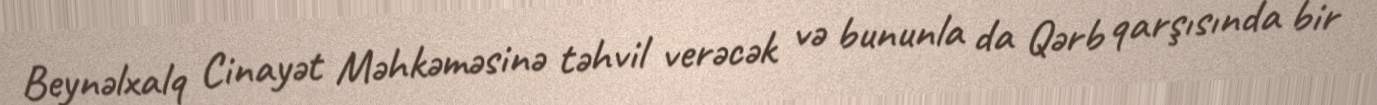
Beynəlxalq Cinayət Məhkəməsinə təhvil verəcək və bununla da Qərb qarşısında bir